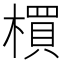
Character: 𣛠